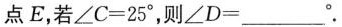
点E，若∠C=25°，则∠D=___°。